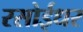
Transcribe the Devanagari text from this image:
रसोईधर